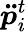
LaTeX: \boldsymbol{\ddot{p}}_{i}^{t}